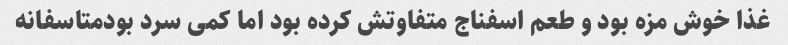
غذا خوش مزه بود و طعم اسفناج متفاوتش کرده بود اما کمی سرد بودمتاسفانه